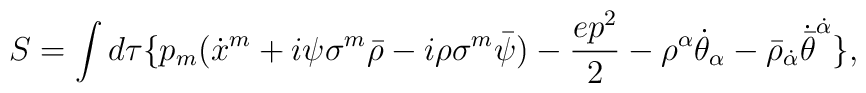
S=\int d\tau \{ p_m(\dot x^m+i\psi\sigma^m\bar\rho-i\rho\sigma^m\bar\psi)-\frac {ep^2}{2}-{\rho^\alpha}{\dot\theta}_\alpha-{\bar\rho}_{\dot\alpha}{\dot{\bar\theta}}^{\dot\alpha} \},